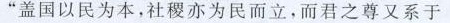
”盖国以民为本，社稷亦为民而立，而君之尊又系于